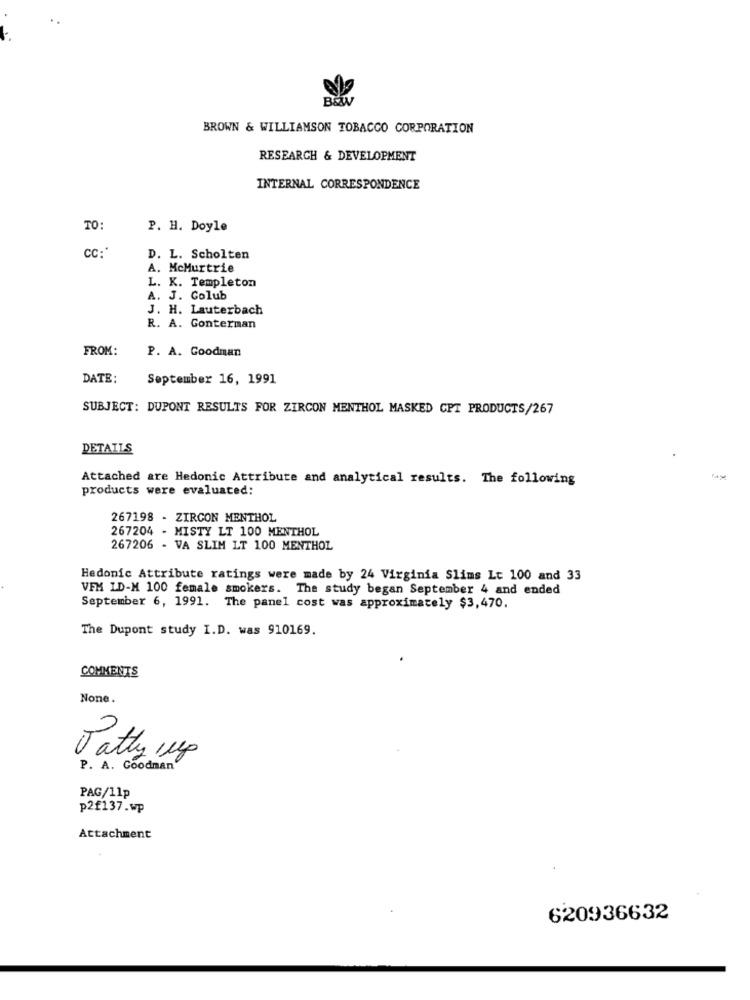
B&w
BROWN & WILLIAMSON TOBACCO CORPORATION
RESEARCH & DEVELOPMENT
INTERNAL CORRESPONDENCE
TO:
P. H. Doyle
cc :*
D. L. Scholten
A. McMurtrie
L. K. Templeton
A. J. Golub
J. H. Lauterbach
R. A. Gonterman
FROM:
P. A. Goodman
DATE:
September 16, 1991
SUBJECT: DUPONT RESULTS FOR ZIRCON MENTHOL MASKED CPT PRODUCTS/267
DETAILS
Attached are Hedonic Attribute and analytical results. The following
products were evaluated:
267198 - ZIRCON MENTHOL
267204 - MISTY LT 100 MENTHOL
267206 - VA SLIM LT 100 MENTHOL
Hedonic Attribute ratings were made by 24 Virginia Slims Lt 100 and 33
VFM ID-M 100 female smokers. The study began September 4 and ended
September 6, 1991. The panel cost was approximately $3,470.
The Dupont study I.D. was 910169.
COMMENTS
None.
Patty 1up
P. A. Goodman
PAG/11p
p2£137.wp
Attachment
620936632